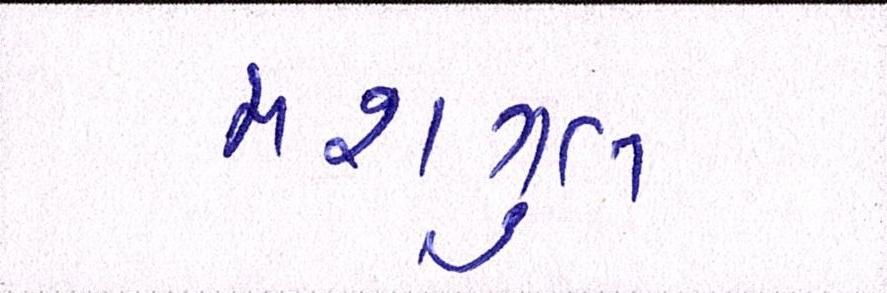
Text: મશગુલ